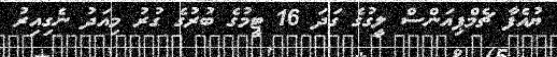
ޔުއެފާ ޗެމްޕިއަންސް ލީގުގެ ގަދަ 16 ޓީމުގެ ބުރުގެ ގުރު މިއަދު ނެގިއިރު